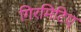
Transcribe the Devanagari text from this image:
गिरमिटिए